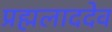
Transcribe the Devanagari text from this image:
प्रह्मलाददेव